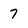
Character: 7